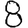
Digit: 8